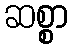
ဆစ္စာ